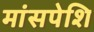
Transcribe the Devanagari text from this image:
मांसपेशि